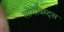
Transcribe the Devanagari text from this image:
लोंगेविस्ट्स